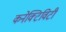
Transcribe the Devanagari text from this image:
कनेक्‍टिविटी